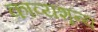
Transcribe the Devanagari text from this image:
काव्यशून्य